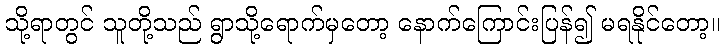
သို့ရာတွင် သူတို့သည် ရွာသို့ရောက်မှတော့ နောက်ကြောင်းပြန်၍ မရနိုင်တော့။